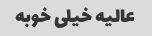
عالیه خیلی خوبه